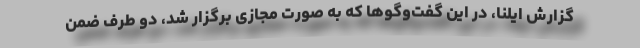
گزارش ایلنا، در این گفت‌وگوها که به صورت مجازی برگزار شد، دو طرف ضمن